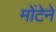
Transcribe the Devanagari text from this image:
मोंटेने